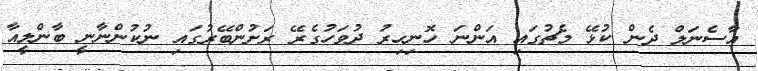
އާސެނަލް ދެން ކުޅޭ މެޗުގައި އަންނަ ހޮނިހިރު ދުވަހުގެރޭ ރަށުންބޭރުގައި ނުކުންނާނީ ބާންލީއާ